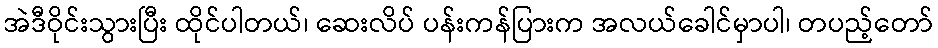
အဲဒီဝိုင်းသွားပြီး ထိုင်ပါတယ်၊ ဆေးလိပ် ပန်းကန်ပြားက အလယ်ခေါင်မှာပါ၊ တပည့်တော်